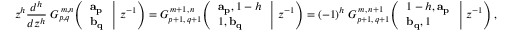
z ^ { h } { \frac { d ^ { h } } { d z ^ { h } } } \; G _ { p , q } ^ { \, m , n } \! \left( \left. { \begin{array} { l } { \mathbf { a _ { p } } } \\ { \mathbf { b _ { q } } } \end{array} } \; \right| \, z ^ { - 1 } \right) = G _ { p + 1 , \, q + 1 } ^ { \, m + 1 , \, n } \! \left( \left. { \begin{array} { l } { \mathbf { a _ { p } } , 1 - h } \\ { 1 , \mathbf { b _ { q } } } \end{array} } \; \right| \, z ^ { - 1 } \right) = ( - 1 ) ^ { h } \; G _ { p + 1 , \, q + 1 } ^ { \, m , \, n + 1 } \! \left( \left. { \begin{array} { l } { 1 - h , \mathbf { a _ { p } } } \\ { \mathbf { b _ { q } } , 1 } \end{array} } \; \right| \, z ^ { - 1 } \right) ,